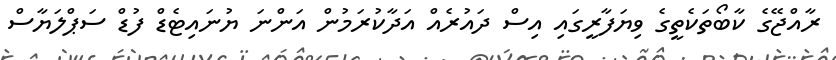
ރާއްޖޭގެ ކާބޯތަކެތީގެ ވިޔަފާރީގައި އިސް ދައުރެއް އަދާކުރަމުން އަންނަ ޔުނައިޓެޑް ފުޑް ސަޕްލަޔާސް